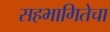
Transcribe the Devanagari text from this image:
सहभागितेचा